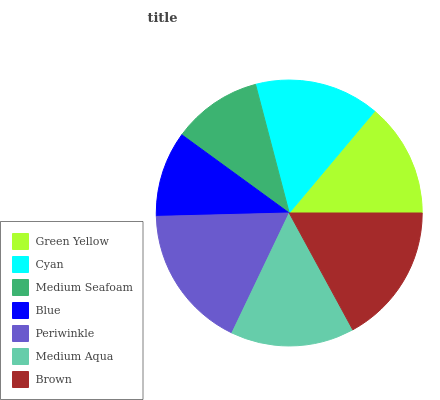
| Green Yellow | Cyan | Medium Seafoam | Blue | Periwinkle | Medium Aqua | Brown |
 | --- | --- | --- | --- | --- | --- | --- |
 | 13.9% | 15.2% | 10.9% | 10.4% | 17.5% | 15% | 17% |